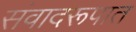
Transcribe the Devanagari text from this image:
संवादरूपात